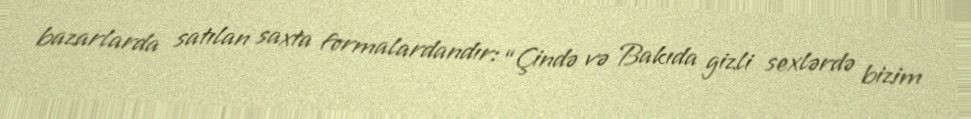
bazarlarda satılan saxta formalardandır: “Çində və Bakıda gizli sexlərdə bizim